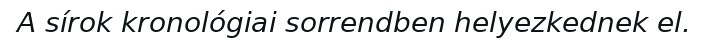
A sírok kronológiai sorrendben helyezkednek el.